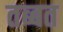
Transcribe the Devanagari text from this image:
तब्बत